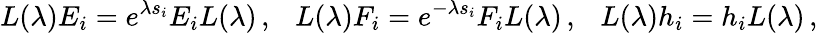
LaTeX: L(\lambda)E_{i}=e^{\lambda s_{i}}E_{i}L(\lambda)\, ,~~~L(\lambda)F_{i}=e^{-\lambda s_{i}}F_{i}L(\lambda)\, ,~~~L(\lambda)h_{i}=h_{i}L(\lambda)\, ,